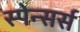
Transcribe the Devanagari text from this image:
स्पेन्सर्स